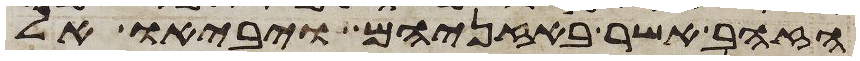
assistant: הזהב אשר באזניהם ויביאו אל